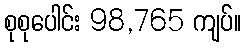
စုစုပေါင်း 98,765 ကျပ်။